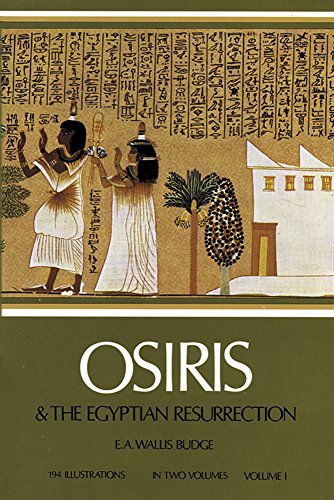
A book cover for Osiris and the Egyptian Resurrection, Vol. 1; Sir Ernest Alfred Thompson Wallis Budge; History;